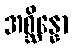
အစ္ဆိန္နော